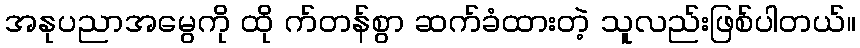
အနုပညာအမွေကို ထို က်တန်စွာ ဆက်ခံထားတဲ့ သူလည်းဖြစ်ပါတယ်။